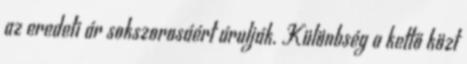
az eredeti ár sokszorosáért árulják. Különbség a kettő közt